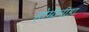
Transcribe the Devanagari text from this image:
होमीनीडा